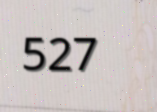
527